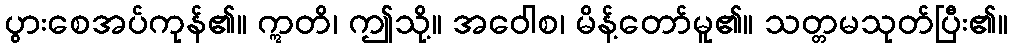
ပွားစေအပ်ကုန်၏။ ဣတိ၊ ဤသို့။ အဝေါစ၊ မိန့်တော်မူ၏။ သတ္တမသုတ်ပြီး၏။